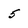
Character: 5